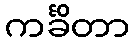
ကင်္ခိတာ